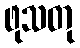
ဖုသတု